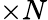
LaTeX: \times N